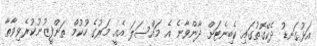
އަޅުގަނޑު ދެކޭގޮތުގައި ކެބިނެޓަށް ދާންވާނެ އެ މައްސަލަ އެއީ މަރުގެ ހުކުމް ތަންފީޒުނުކުރެވިވާތާ